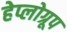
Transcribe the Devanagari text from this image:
हेप्लोग्रूप